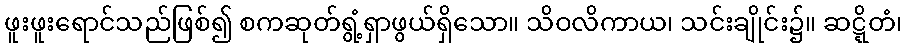
ဖူးဖူးရောင်သည်ဖြစ်၍ စကဆုတ်ရွံ့ရှာဖွယ်ရှိသော။ သိဝလိကာယ၊ သင်းချိုင်း၌။ ဆဋ္ဋိတံ၊